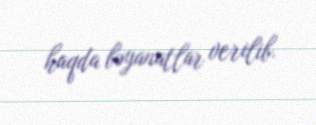
haqda bəyanatlar verilib.